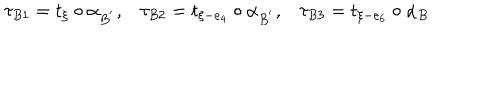
\tau _ { B 1 } = t _ { \xi } \circ \alpha _ { B ^ { ' } } , \tau _ { B 2 } = t _ { \xi - e _ { 4 } } \circ \alpha _ { B ^ { ' } } , \tau _ { B 3 } = t _ { \xi - e _ { 6 } } \circ \alpha _ { B }